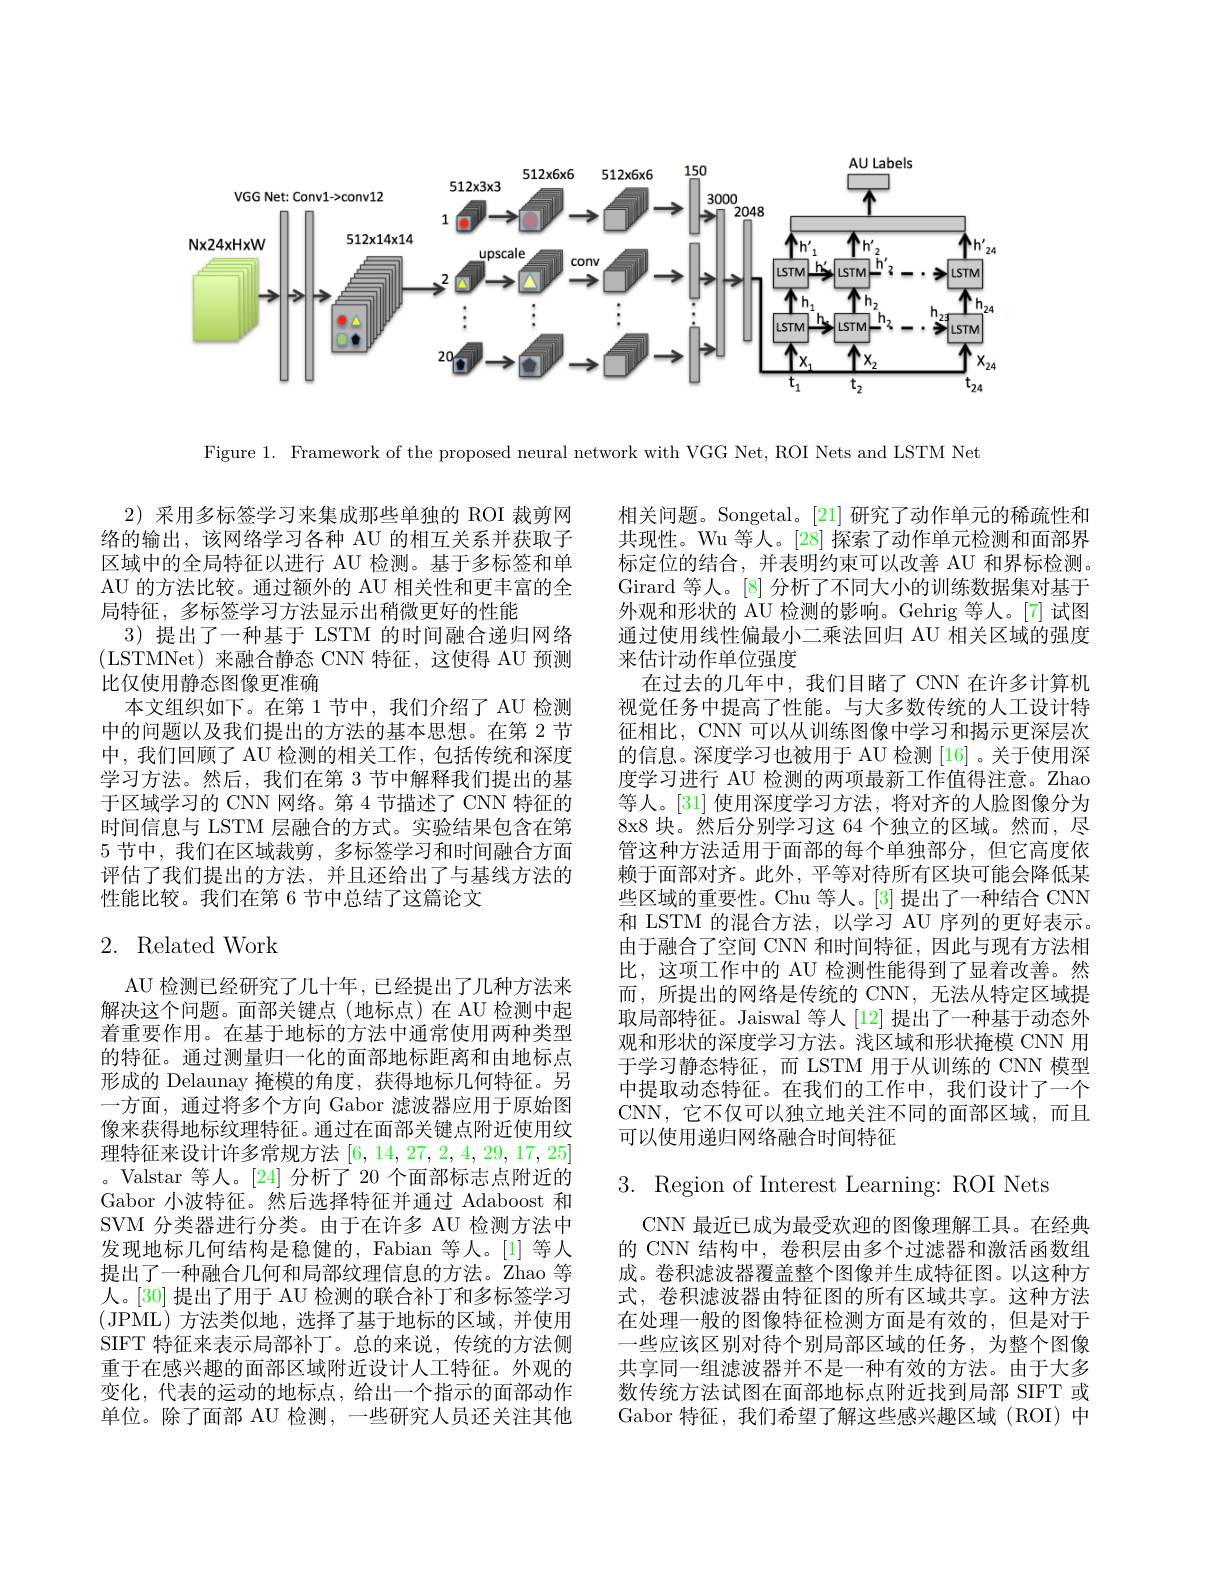
<FigureHere>

Figure 1. Framework of the proposed neural network with VGG Net, ROI Nets and LSTM Net

2)采用多标签学习来集成那些单独的 ROI 裁剪网络的输出，该网络学习各种 AU 的相互关系并获取子区域中的全局特征以进行 AU 检测。基于多标签和单AU 的方法比较。通过额外的 AU 相关性和更丰富的全局特征，多标签学习方法显示出稍微更好的性能
3)提出了一种基于 LSTM 的时间融合递归网络(LSTMNet)来融合静态 CNN 特征，这使得 AU 预测比仅使用静态图像更准确
本文组织如下。在第 1 节中，我们介绍了 AU 检测中的问题以及我们提出的方法的基本思想。在第 2 节中，我们回顾了 AU 检测的相关工作，包括传统和深度学习方法。然后，我们在第 3 节中解释我们提出的基于区域学习的 CNN 网络。第 4 节描述了 CNN 特征的时间信息与 LSTM 层融合的方式。实验结果包含在第5节中，我们在区域裁剪，多标签学习和时间融合方面评估了我们提出的方法，并且还给出了与基线方法的性能比较。我们在第 6 节中总结了这篇论文

相关问题。Songetal。[21] 研究了动作单元的稀疏性和共现性。Wu 等人。[28] 探索了动作单元检测和面部界标定位的结合，并表明约束可以改善 AU 和界标检测。Girard 等人。[8]分析了不同大小的训练数据集对基于外观和形状的 AU 检测的影响。Gehrig 等人。[7] 试图通过使用线性偏最小二乘法回归 AU 相关区域的强度来估计动作单位强度
在过去的几年中，我们目睹了 CNN 在许多计算机视觉任务中提高了性能。与大多数传统的人工设计特征相比，CNN 可以从训练图像中学习和揭示更深层次的信息。深度学习也被用于 AU 检测 [16] 。关于使用深度学习进行 AU 检测的两项最新工作值得注意。Zhao 等人。[31] 使用深度学习方法，将对齐的人脸图像分为8x8 块。然后分别学习这 64 个独立的区域。然而，尽管这种方法适用于面部的每个单独部分，但它高度依赖于面部对齐。此外，平等对待所有区块可能会降低某些区域的重要性。Chu 等人。[3] 提出了一种结合 CNN 和 LSTM 的混合方法，以学习 AU 序列的更好表示。由于融合了空间 CNN 和时间特征，因此与现有方法相比，这项工作中的 AU 检测性能得到了显着改善。然而 , 所提出的网络是传统的 CNN, 无法从特定区域提取局部特征。Jaiswal 等人[12]提出了一种基于动态外观和形状的深度学习方法。浅区域和形状掩模 CNN 用于学习静态特征，而 LSTM 用于从训练的 CNN 模型中提取动态特征。在我们的工作中，我们设计了一个CNN,它不仅可以独立地关注不同的面部区域，而且可以使用递归网络融合时间特征

## 2. Related Work

3. Region of Interest Learning: ROI Nets

AU 检测已经研究了几十年，已经提出了几种方法来解决这个问题。面部关键点(地标点)在 AU 检测中起着重要作用。在基于地标的方法中通常使用两种类型的特征。通过测量归一化的面部地标距离和由地标点形成的 Delaunay 掩模的角度，获得地标几何特征。另一方面，通过将多个方向 Gabor 滤波器应用于原始图像来获得地标纹理特征。通过在面部关键点附近使用纹理特征来设计许多常规方法[6,14,27,2,4,29,17,25] 。Valstar 等人。[24] 分析了 20 个面部标志点附近的Gabor 小波特征。然后选择特征并通过 Adaboost 和SVM 分类器进行分类。由于在许多 AU 检测方法中发现地标几何结构是稳健的，Fabian 等人。[1] 等人提出了一种融合几何和局部纹理信息的方法。Zhao 等人。[30] 提出了用于 AU 检测的联合补丁和多标签学习(JPML)方法类似地，选择了基于地标的区域，并使用SIFT 特征来表示局部补丁。总的来说，传统的方法侧重于在感兴趣的面部区域附近设计人工特征。外观的变化，代表的运动的地标点，给出一个指示的面部动作单位。除了面部 AU 检测，一些研究人员还关注其他

CNN 最近已成为最受欢迎的图像理解工具。在经典的 CNN 结构中，卷积层由多个过滤器和激活函数组成。卷积滤波器覆盖整个图像并生成特征图。以这种方式，卷积滤波器由特征图的所有区域共享。这种方法在处理一般的图像特征检测方面是有效的，但是对于一些应该区别对待个别局部区域的任务，为整个图像共享同一组滤波器并不是一种有效的方法。由于大多数传统方法试图在面部地标点附近找到局部 SIFT 或Gabor 特征，我们希望了解这些感兴趣区域(ROI)中